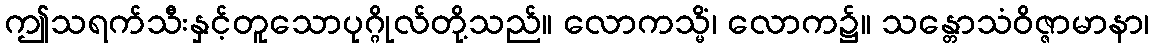
ဤသရက်သီးနှင့်တူသောပုဂ္ဂိုလ်တို့သည်။ လောကသ္မိံ၊ လောက၌။ သန္တောသံဝိဇ္ဇာမာနာ၊